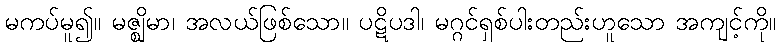
မကပ်မူ၍။ မဇ္ဈိမာ၊ အလယ်ဖြစ်သော။ ပဋိပဒါ၊ မဂ္ဂင်ရှစ်ပါးတည်းဟူသော အကျင့်ကို။